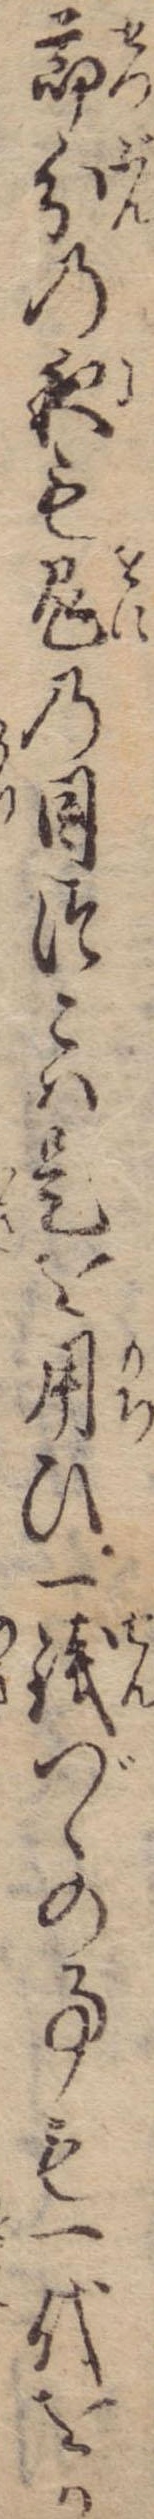
節分の夜も鬼の目つこは是を用ひ一銭づゝの事も一代をか